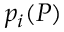
p _ { i } ( P )